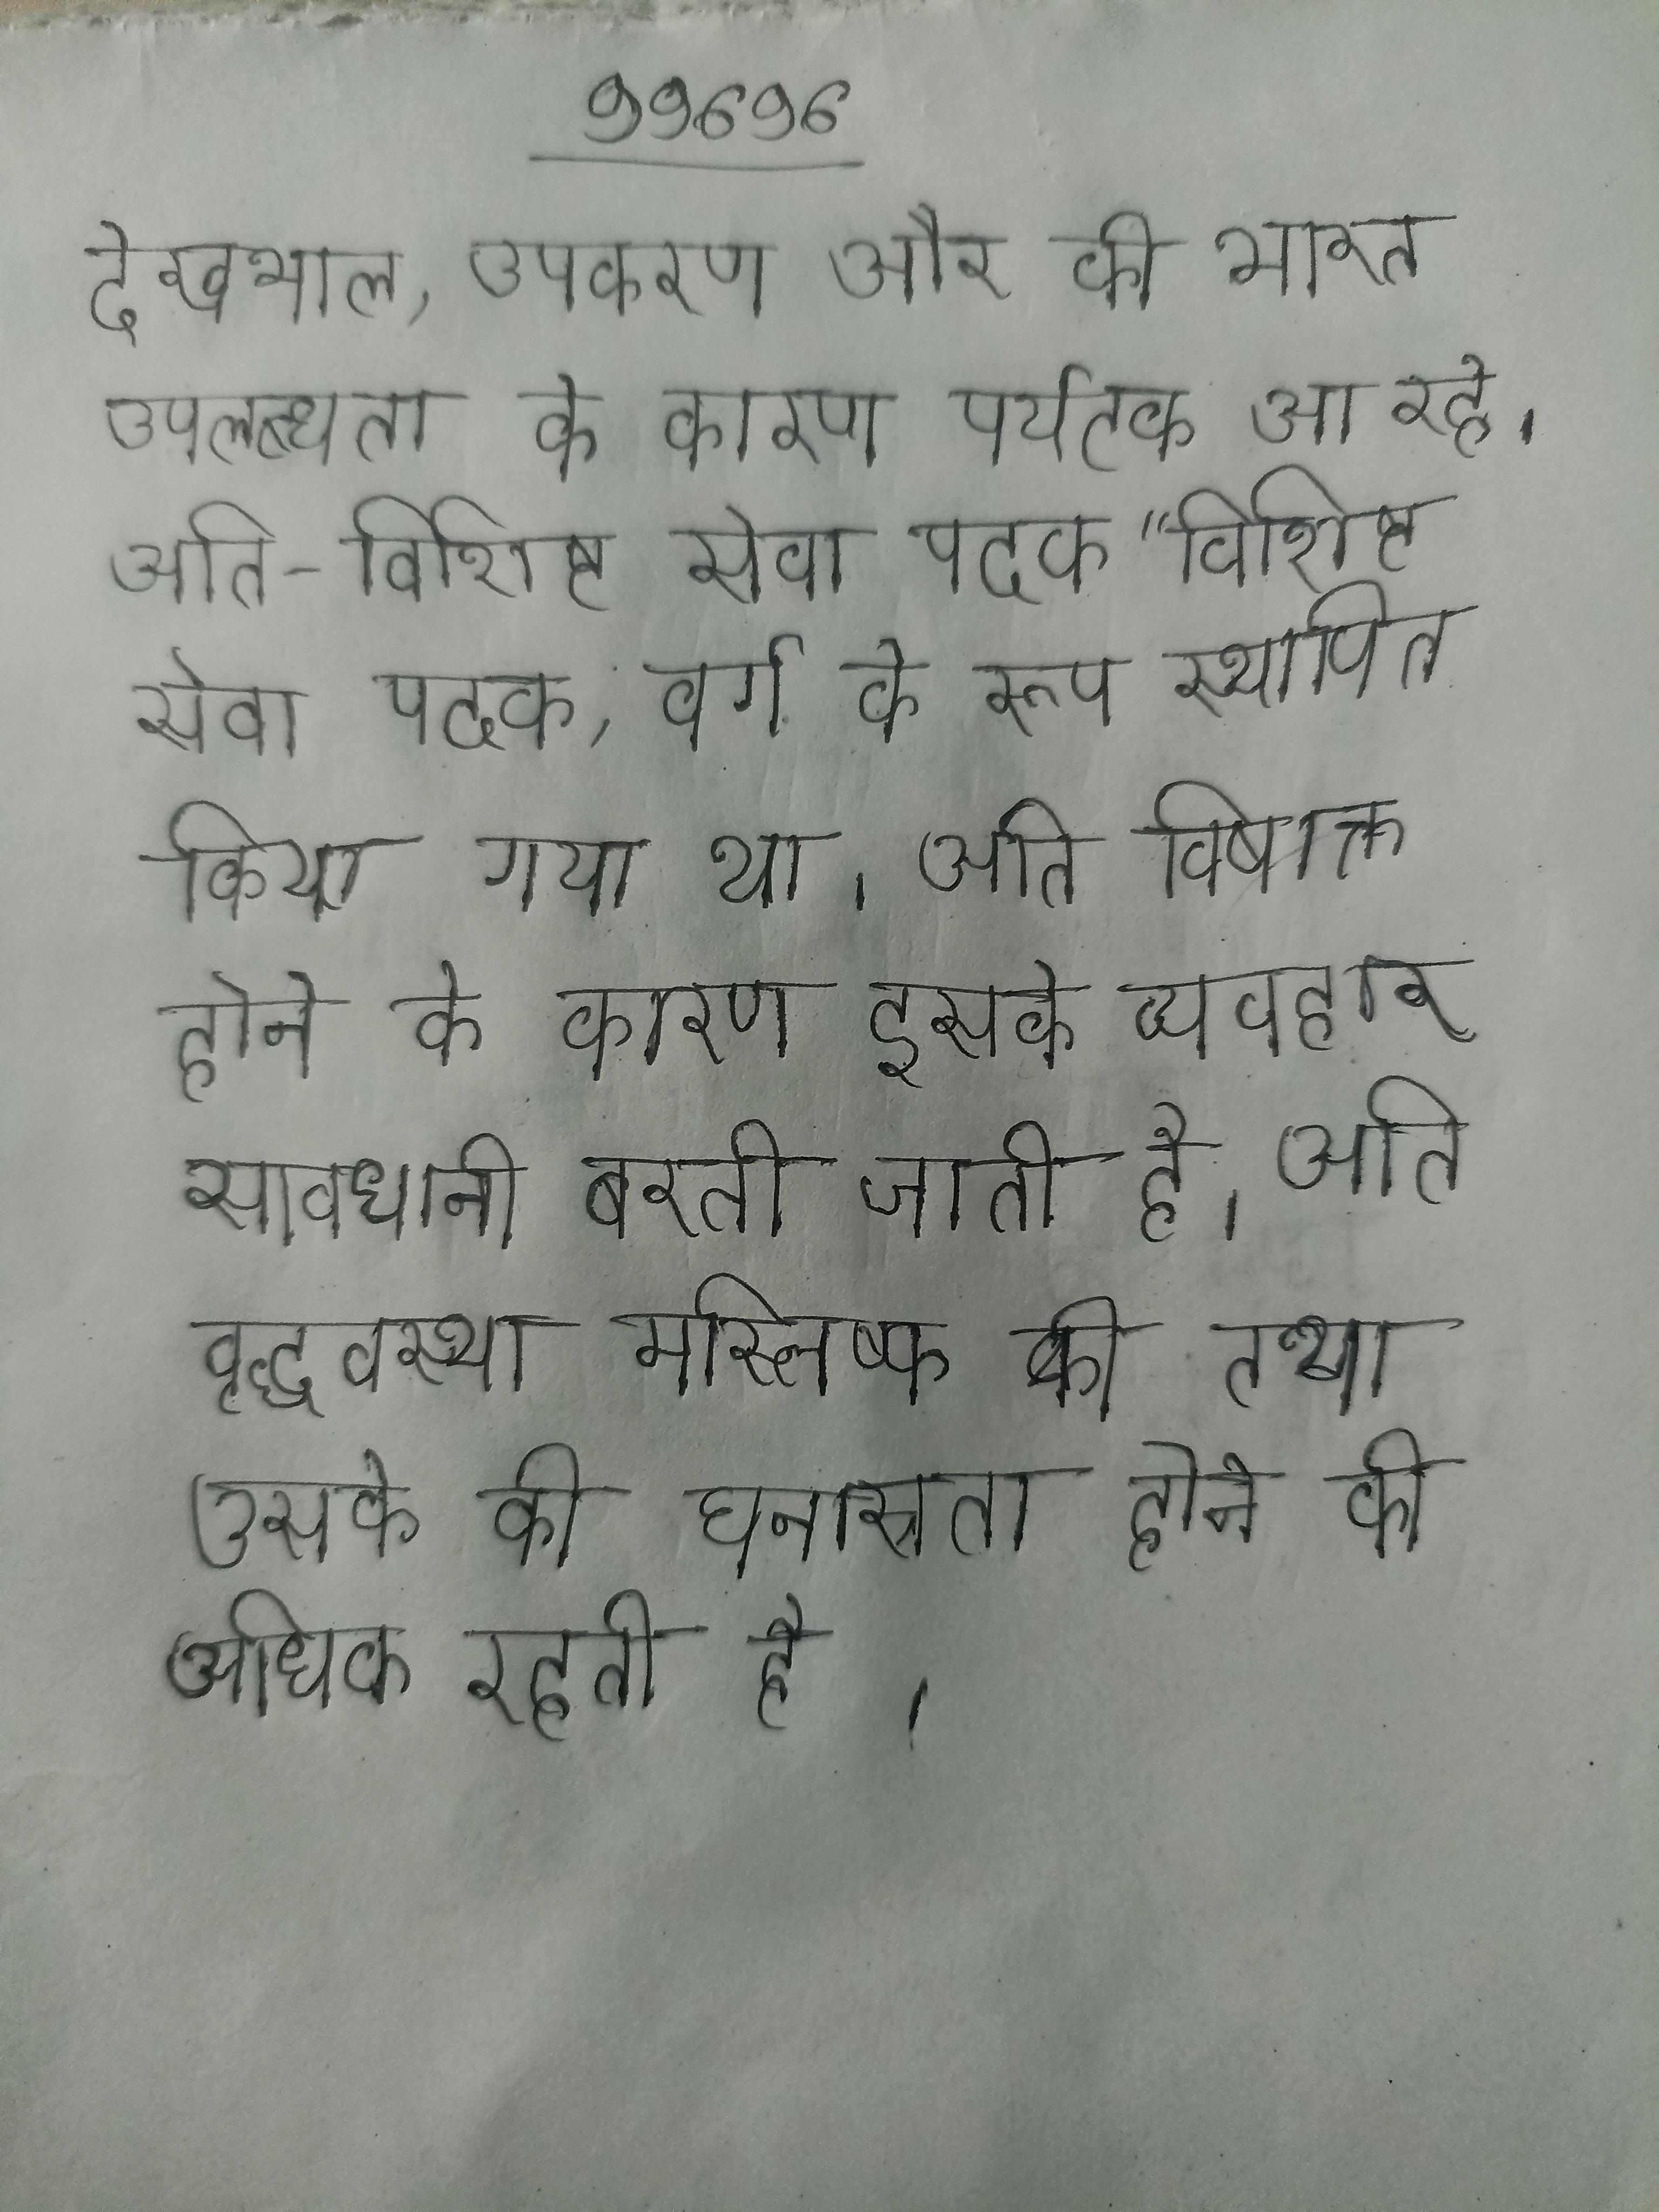
देखभाल, उपकरण और की भारत उपलब्धता के कारण पर्यटक आ रहे । अति-विशिष्ट सेवा पदक "विशिष्ट सेवा पदक, वर्ग के रूप स्थापित किया गया था । अति विषाक्त होने के कारण इसके व्यवहार सावधानी बरती जाती है । अति वृद्धावस्था मस्तिष्क की तथा उसके की घनास्रता होने की अधिक रहती है ।